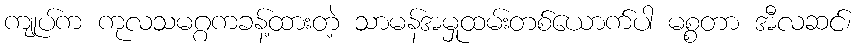
ကျုပ်က ကုလသမဂ္ဂကခန့်ထားတဲ့ သာမန်အမှုထမ်းတစ်ယောက်ပါ မစ္စတာ အီလဆင်၊